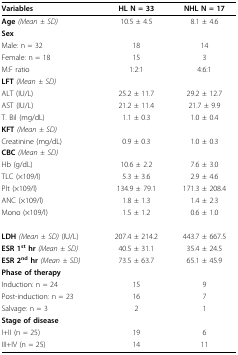
| Variables | HL N = 33 | NHL N = 17 |
 | --- | --- | --- |
 | Age (Mean ± SD) | 10.5 ± 4.5 | 8.1 ± 4.6 |
 | Sex |  |  |
 | Male: n = 32 | 18 | 14 |
 | Female: n = 18 | 15 | 3 |
 | M:F ratio | 1:2:1 | 4:6:1 |
 | LFT (Mean ± SD) |  |  |
 | ALT (IU/L) | 25.2 ± 11.7 | 29.2 ± 12.7 |
 | AST (IU/L) | 21.2 ± 11.4 | 21.7 ± 9.9 |
 | T. Bil (mg/dL) | 1.1 ± 0.3 | 1.0 ± 0.4 |
 | KFT (Mean ± SD) |  |  |
 | Creatinine (mg/dL) | 0.9 ± 0.3 | 1.0 ± 0.3 |
 | CBC (Mean ± SD) |  |  |
 | Hb (g/dL) | 10.6 ± 2.2 | 7.6 ± 3.0 |
 | TLC (×109/l) | 5.3 ± 3.6 | 2.9 ± 4.6 |
 | Plt (×109/l) | 134.9 ± 79.1 | 171.3 ± 208.4 |
 | ANC (×109/l) | 1.8 ± 1.3 | 1.4 ± 2.3 |
 | Mono (×109/l) | 1.5 ± 1.2 | 0.6 ± 1.0 |
 | LDH (Mean ± SD) (IU/L) | 207.4 ± 214.2 | 443.7 ± 667.5 |
 | ESR 1st hr (Mean ± SD) | 40.5 ± 31.1 | 35.4 ± 24.5 |
 | ESR 2nd hr (Mean ± SD) | 73.5 ± 63.7 | 65.1 ± 45.9 |
 | Phase of therapy |  |  |
 | Induction: n = 24 | 15 | 9 |
 | Post-induction: n = 23 | 16 | 7 |
 | Salvage: n = 3 | 2 | 1 |
 | Stage of disease |  |  |
 | I+II (n = 25) | 19 | 6 |
 | III+IV (n = 25) | 14 | 11 |